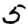
Digit: 5